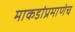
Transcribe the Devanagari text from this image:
माकडांप्रमाणेच